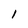
Character: l